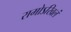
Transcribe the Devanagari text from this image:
रामोऽखिलं